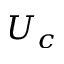
U _ { c }